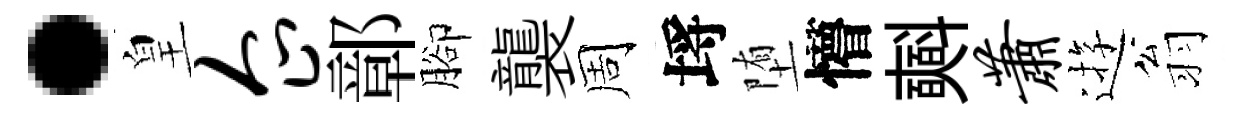
·皇企鄣腳襲周埓堕懵𣂏萧逰翁